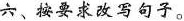
六、按要求改写句子。